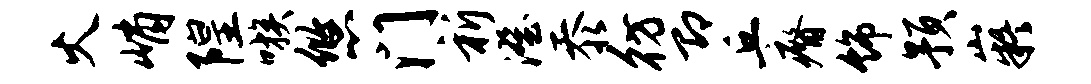
火峭隍嗾悠门祈澄忝彷即丘瘠饰预嶷